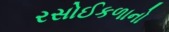
રસોઈકળાનો